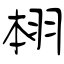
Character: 翉